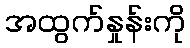
အထွက်နှုန်းကို